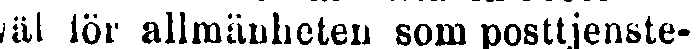
väl för allmänheten som posttjenste-